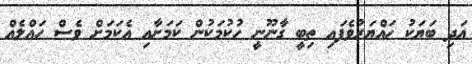
އަދި ބަޔަކު ހައްޔަރުވެފައި ތިބީ ގާނޫނީ ހުކުމަކުން ކަމަށާއި އެކަމަށް ވެސް ހައްލެއް